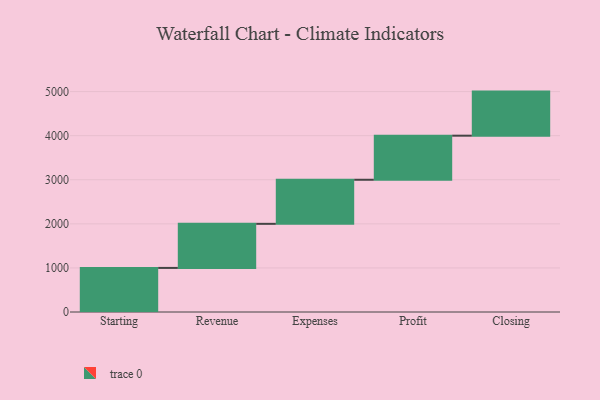
{"axis": {"x": "Step", "y": "Value"}, "legend": [""], "data": [{"x": "Starting", "y": 1000, "type": ""}, {"x": "Revenue", "y": 1000, "type": ""}, {"x": "Expenses", "y": 1000, "type": ""}, {"x": "Profit", "y": 1000, "type": ""}, {"x": "Closing", "y": 1000, "type": ""}]}